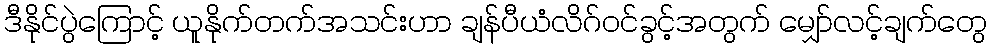
ဒီနိုင်ပွဲကြောင့် ယူနိုက်တက်အသင်းဟာ ချန်ပီယံလိဂ်ဝင်ခွင့်အတွက် မျှော်လင့်ချက်တွေ